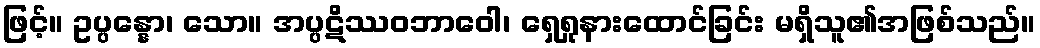
ဖြင့်။ ဥပ္ပန္နော၊ သော။ အပ္ပဋိဿဝဘာဝေါ၊ ရှေရှုနားထောင်ခြင်း မရှိသူ၏အဖြစ်သည်။